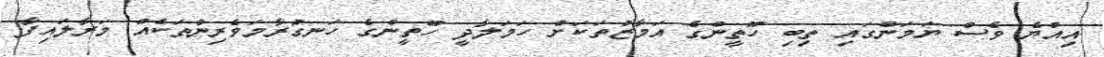
އިއްޔެ ވެސް ޔަމަންގައި ތިބި ހޫތީންގެ އަމާޒުތަކަށް ހަމަލާދީ ހޫތީންގެ ހަނގުރާމަވެރިންތަކެއް މަރާލައިފާ